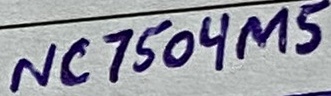
Text: NC7504M5